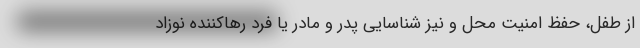
از طفل، حفظ امنیت محل و نیز شناسایی پدر و مادر یا فرد رهاکننده نوزاد